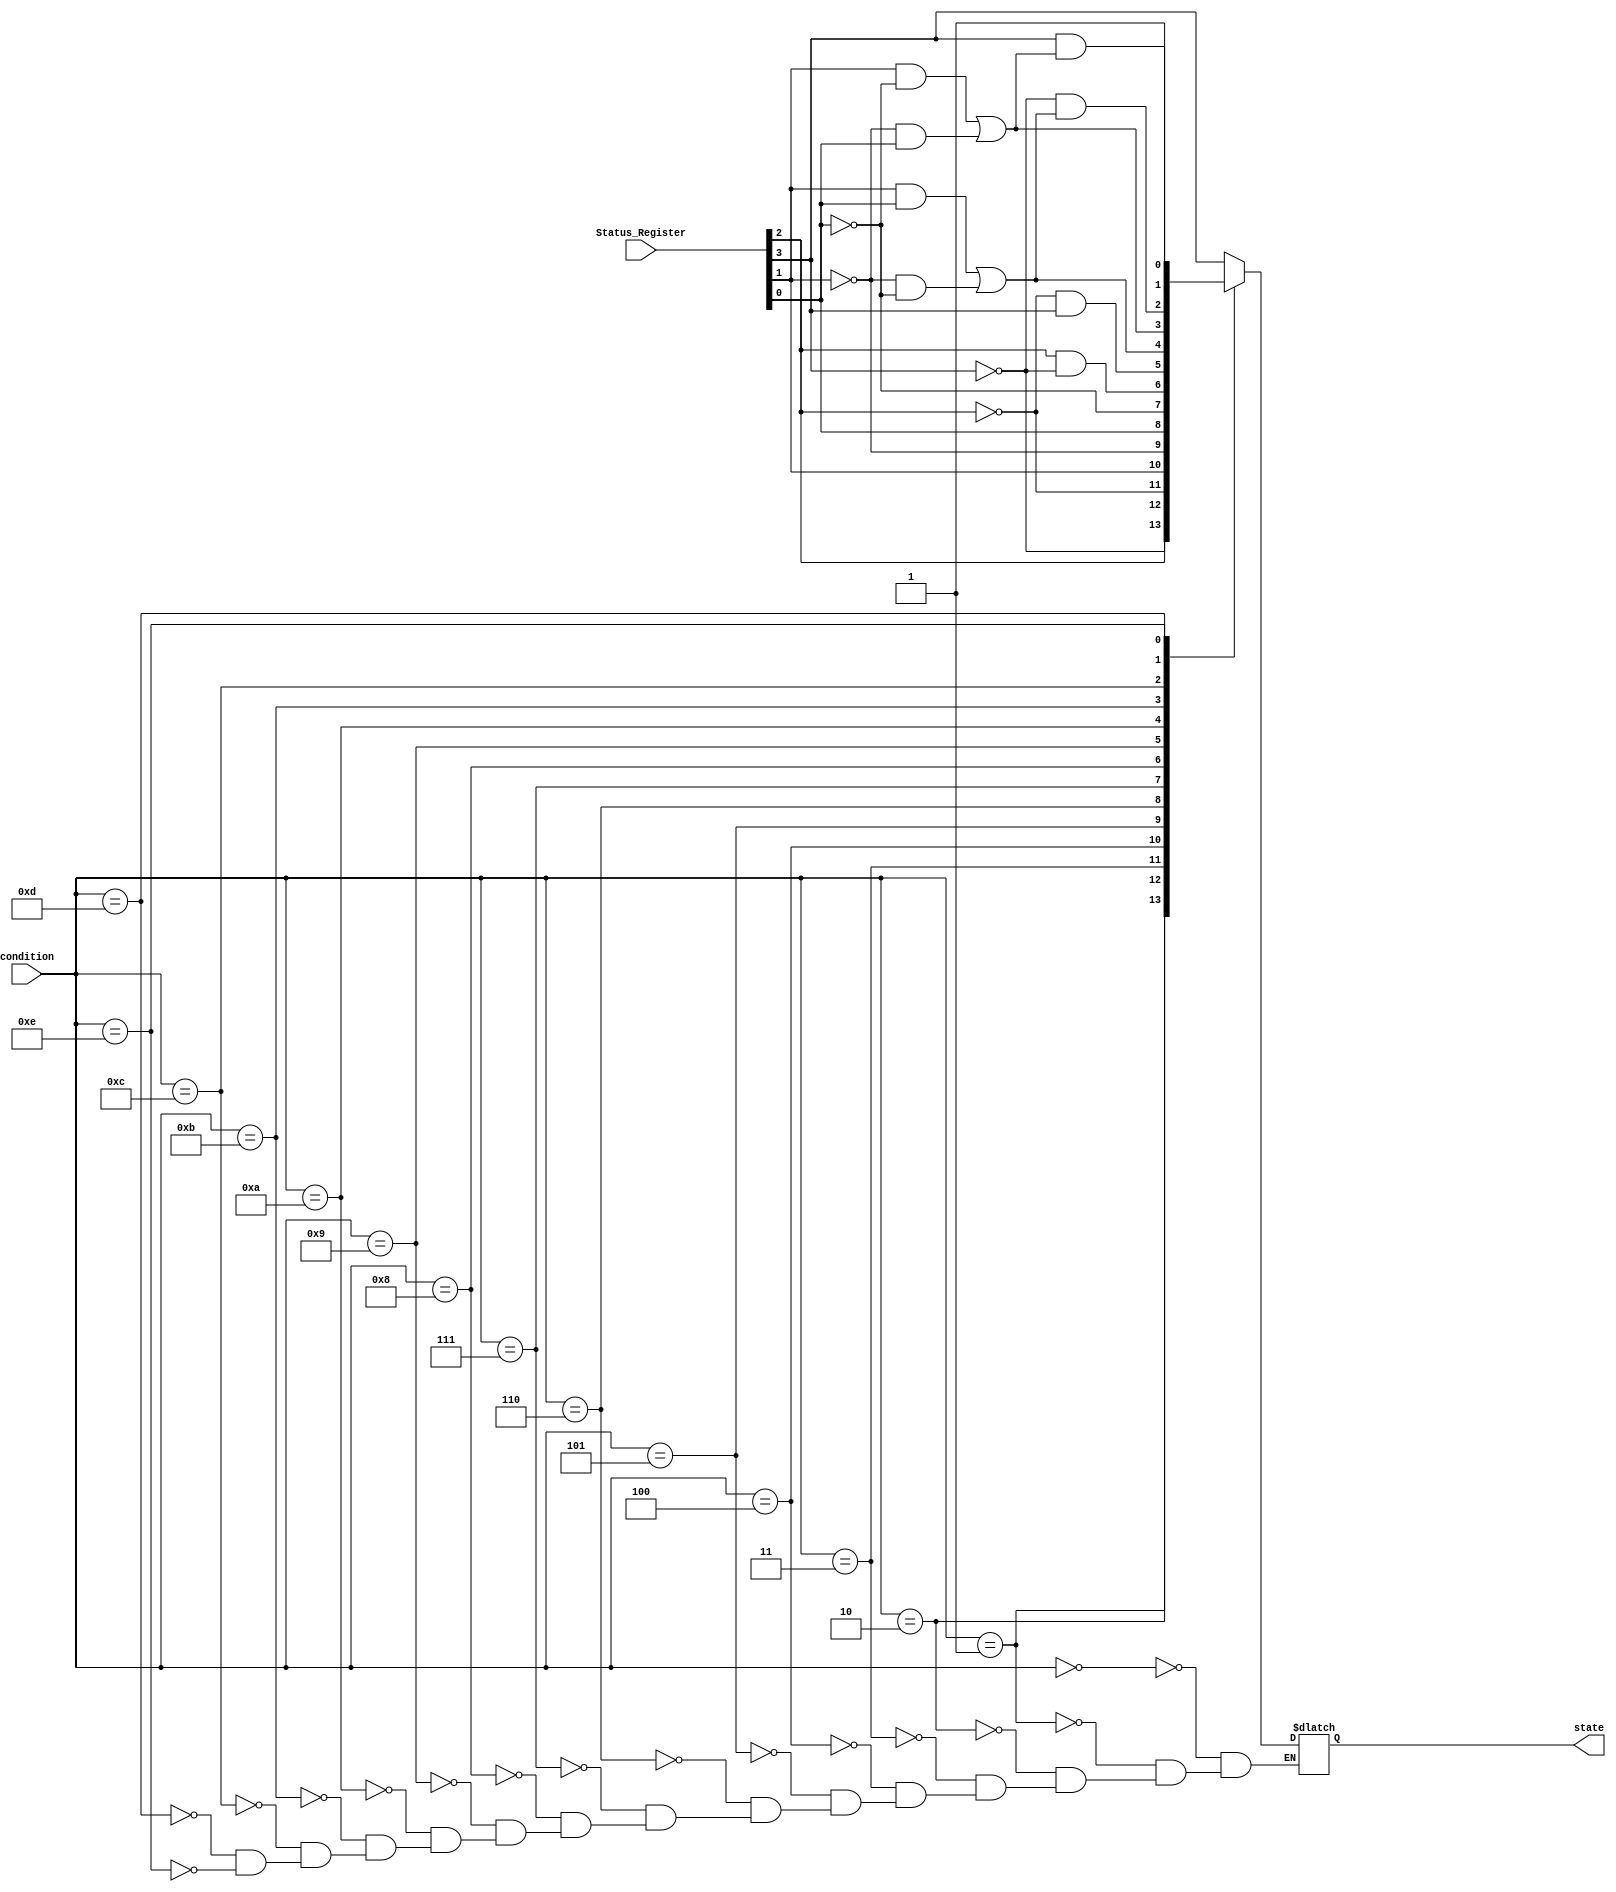
module Condition_Check
(
    input  [3:0] condition,
    input  [3:0] Status_Register,

    output reg   state
);

    wire V = Status_Register[0];
    wire N = Status_Register[1];
    wire C = Status_Register[2];
    wire Z = Status_Register[3];

    always @(*) begin
        case(condition)
        4'd0:    state = Z;
        4'd1:    state = ~Z;
        4'd2:    state = C;
        4'd3:    state = ~C;
        4'd4:    state = N;
        4'd5:    state = ~N;
        4'd6:    state = V;
        4'd7:    state = ~V;
        4'd8:    state = C & ~Z;
        4'd9:    state = ~C & Z;
        4'd10:   state = (N & V) | (~N & ~V);
        4'd11:   state = (N & ~V) | (~N & V);
        4'd12:   state = ~Z & ((N & V) | (~N & ~V));
        4'd13:   state = Z & ((N & ~V) | (~N & V));
        4'd14:   state = 1'b1;
        endcase
    end

endmodule